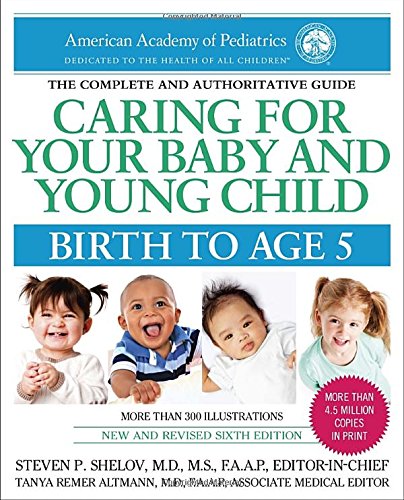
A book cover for Caring for Your Baby and Young Child, 6th Edition: Birth to Age 5; American Academy Of Pediatrics; Parenting & Relationships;